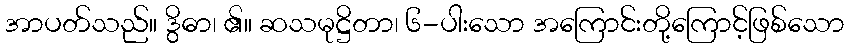
အာပတ်သည်။ ဒွိဓာ၊ ၏။ ဆသမုဋ္ဌိတာ၊ ၆-ပါးသော အကြောင်းတို့ကြောင့်ဖြစ်သော